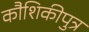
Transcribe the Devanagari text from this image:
कौशिकीपुत्र